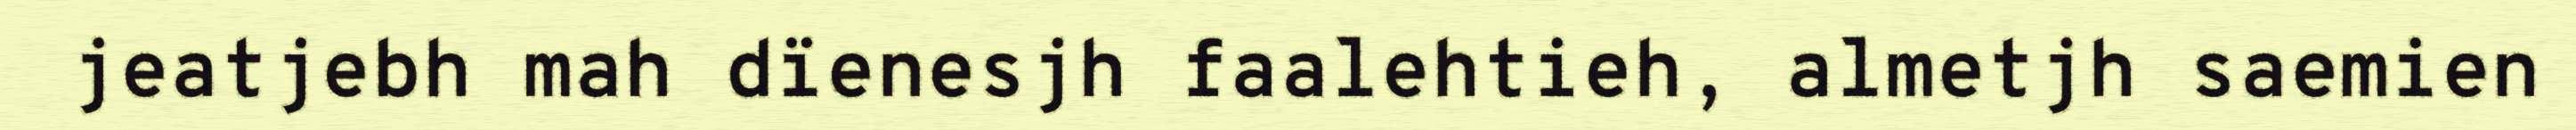
jeatjebh mah dïenesjh faalehtieh, almetjh saemien